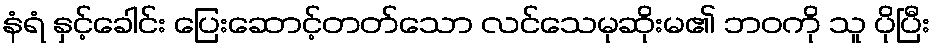
နံရံ နှင့်ခေါင်း ပြေးဆောင့်တတ်သော လင်သေမုဆိုးမ၏ ဘဝကို သူ ပိုပြီး